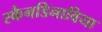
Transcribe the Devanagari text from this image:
स्कैनडिनाविया